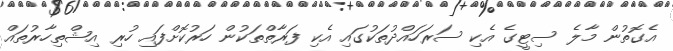
އެގޮތުން މާލެ ސިޓީގެ އެކި ސަރަހައްދުތަކުގައި އެކި ފަރާތްތަކުން ހަރުކޮށްފައި ހުރި އިޝްތިހާރުތައް